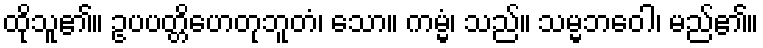
ထိုသူ၏။ ဥပပတ္တိဟေတုဘူတံ၊ သော။ ကမ္မံ၊ သည်။ သမ္မဘဝေါ၊ မည်၏။